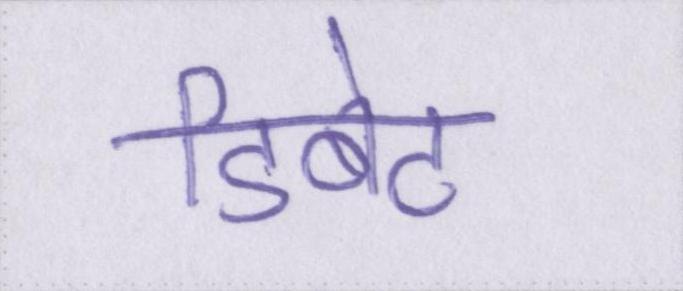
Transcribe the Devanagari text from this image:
डिबेट